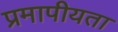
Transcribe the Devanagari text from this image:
प्रमापीयता